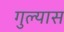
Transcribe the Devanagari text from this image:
गुल्यास